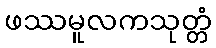
ဖဿမူလကသုတ္တံ